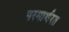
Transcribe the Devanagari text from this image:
परमार्थरत